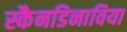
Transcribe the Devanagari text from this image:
स्कैनडिनाविया